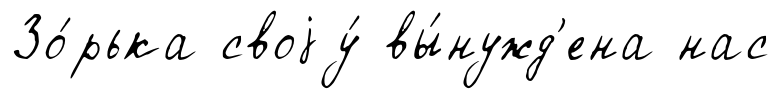
Зо́рька своjу́ вы́нужд'ена нас